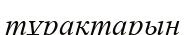
тұрақтарын